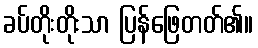
ခပ်တိုးတိုးသာ ပြန်ဖြေတတ်၏။